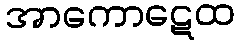
အာကောဋေထ